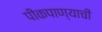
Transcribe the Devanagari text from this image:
पीकपाण्याची